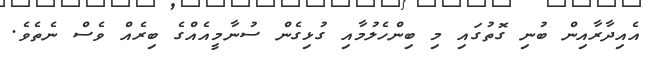
އެއިދާރާއިން ބުނި ގޮތުގައި މި ބިންހެލުމާއި ގުޅިގެން ސުނާމީއެއްގެ ބިރެއް ވެސް ނެތެވެ.